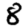
Digit: 8